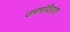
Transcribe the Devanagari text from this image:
उपमंदिरांत